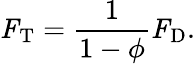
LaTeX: \textbf{\textit{F}}_{\mathrm{T}}=\frac{1}{1-\phi}\textbf{\textit{F}}_{\mathrm{D}}.